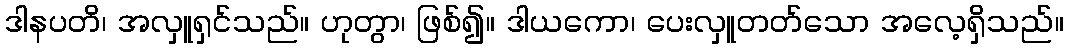
ဒါနပတိ၊ အလှူရှင်သည်။ ဟုတွာ၊ ဖြစ်၍။ ဒါယကော၊ ပေးလှူတတ်သော အလေ့ရှိသည်။